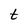
Character: t